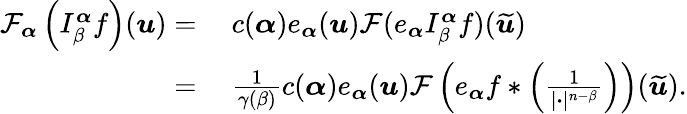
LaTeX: \begin{array}{rl}{\mathcal{F}_{\boldsymbol{\alpha}}\left(I_{\beta}^{\boldsymbol{\alpha}}f\right)(\boldsymbol{u})=}&{\ c(\boldsymbol{\alpha})e_{\boldsymbol{\alpha}}(\boldsymbol{u})\mathcal{F}(e_{\boldsymbol{\alpha}}I_{\beta}^{\boldsymbol{\alpha}}f)(\widetilde{\boldsymbol{u}})}\\ {=}&{\ \frac{1}{\gamma(\beta)}c(\boldsymbol{\alpha})e_{\boldsymbol{\alpha}}(\boldsymbol{u})\mathcal{F}\left(e_{\boldsymbol{\alpha}}f*\left(\frac{1}{|\boldsymbol{\cdot}|^{n-\beta}}\right)\right)(\widetilde{\boldsymbol{u}}).}\end{array}